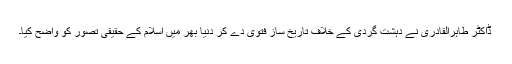
ڈاکٹر طاہرالقادری نے دہشت گردی کے خلاف تاریخ ساز فتویٰ دے کر دنیا بھر میں اسلام کے حقیقی تصور کو واضح کیا۔